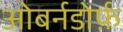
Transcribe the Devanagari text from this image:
ओबर्नडोर्फ़